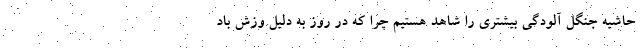
حاشیه جنگل آلودگی بیشتری را شاهد هستیم چرا که در روز به دلیل وزش باد